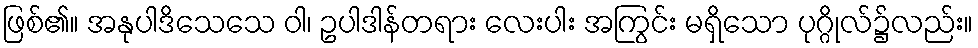
ဖြစ်၏။ အနုပါဒိသေသေ ဝါ၊ ဥပါဒါန်တရား လေးပါး အကြွင်း မရှိသော ပုဂ္ဂိုလ်၌လည်း။